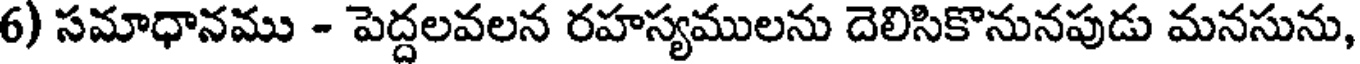
6) సమాధానము - పెద్దలవలన రహస్యములను దెలిసికొనునపుడు మనసును,